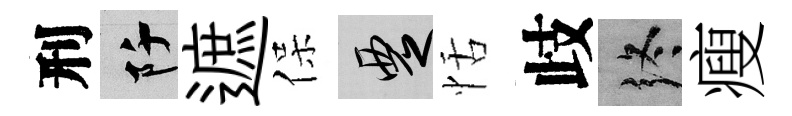
刑阡遮保覂恬歧终瘦